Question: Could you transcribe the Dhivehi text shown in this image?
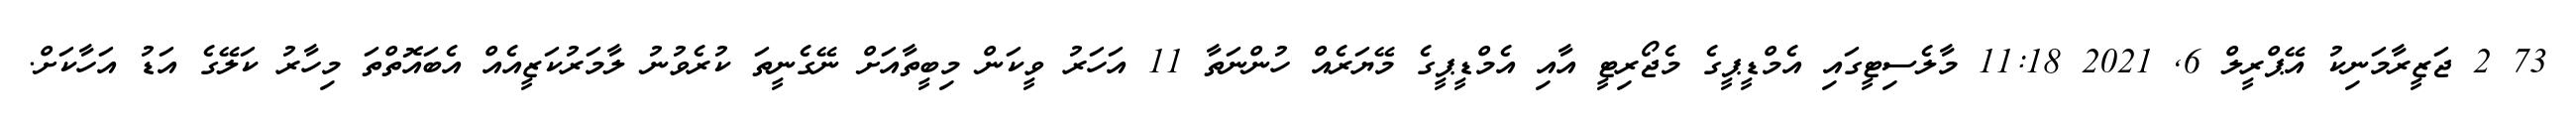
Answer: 73 2 ޖަޒީރާމަނިކު އޭޕްރީލް 6, 2021 11:18 މާލެސިޓީގައި އެމްޑީޕީގެ މެޖޯރިޓީ އާއި އެމްޑީޕީގެ މޭޔަރެއް ހުންނަތާ 11 އަހަރު ވީކަން މިބީތާއަށް ނޭގެނީތަ ކުރެވުނު ލާމަރުކަޒީއެއް އެބައޮތްތަ މިހާރު ކަލޭގެ އަޑު އަހާކަށް.